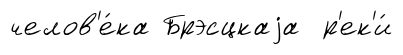
челов'е́ка Брэсцкаjа р'ек'и́